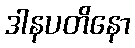
ဒါနပတိနော